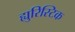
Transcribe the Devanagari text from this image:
ह्युरिस्टिक